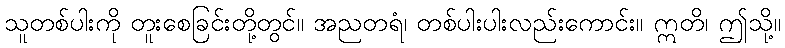
သူတစ်ပါးကို တူးစေခြင်းတို့တွင်။ အညတရံ၊ တစ်ပါးပါးလည်းကောင်း။ ဣတိ၊ ဤသို့။